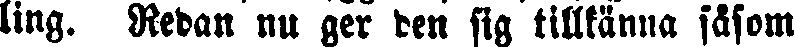
ling. Redan nu ger den sig tillkänna säsom